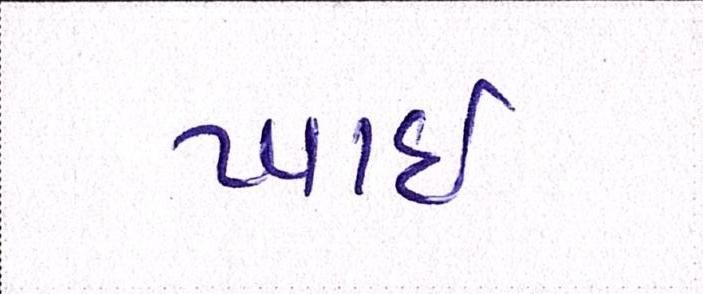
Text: ખાઈ